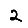
Digit: 2